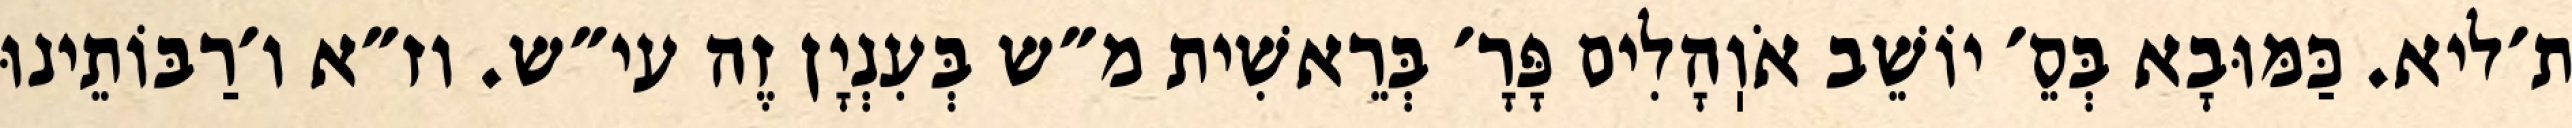
ת׳ליא. כַּמּוּבָא בְּסֵ׳ יוֹשֵׁב אֹוֽהָלִים פָּרָ׳ בְּרֵאשִׁית מ״ש בְּעִנְיָן זֶה עי״ש. וז״א ו׳רַבּוֹתֵינוּ